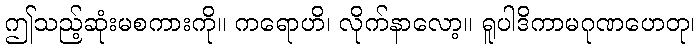
ဤသည့်ဆုံးမစကားကို။ ကရောဟိ၊ လိုက်နာလော့။ ရူပါဒိကာမဂုဏဟေတု၊